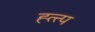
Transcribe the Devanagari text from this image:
ह्त्त्प